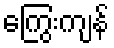
ကြွေးကျန်